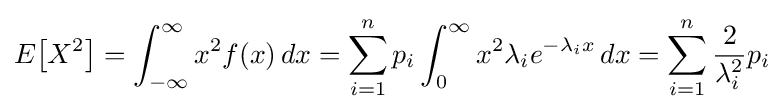
E\!\left[X^{2}\right]=\int _{-\infty }^{\infty }x^{2}f(x)\,dx=\sum _{i=1}^{n}p_{i}\int _{0}^{\infty }x^{2}\lambda _{i}e^{-\lambda _{i}x}\,dx=\sum _{i=1}^{n}{\frac {2}{\lambda _{i}^{2}}}p_{i}